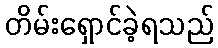
တိမ်းရှောင်ခဲ့ရသည်